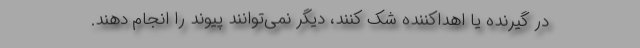
در گیرنده یا اهداکننده شک کنند، دیگر نمی‌توانند پیوند را انجام دهند.